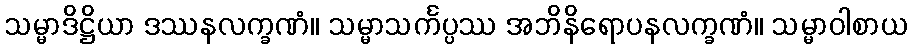
သမ္မာဒိဋ္ဌိယာ ဒဿနလက္ခဏံ။ သမ္မာသင်္ကပ္ပဿ အဘိနိရောပနလက္ခဏံ။ သမ္မာဝါစာယ